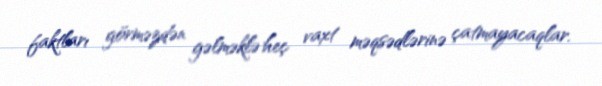
faktları görməzdən gəlməklə heç vaxt məqsədlərinə çatmayacaqlar.